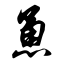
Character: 恿